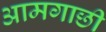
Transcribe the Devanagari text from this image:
आमगाछी